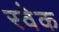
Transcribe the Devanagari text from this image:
स्वेक